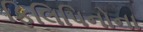
ફિલિપિનોના